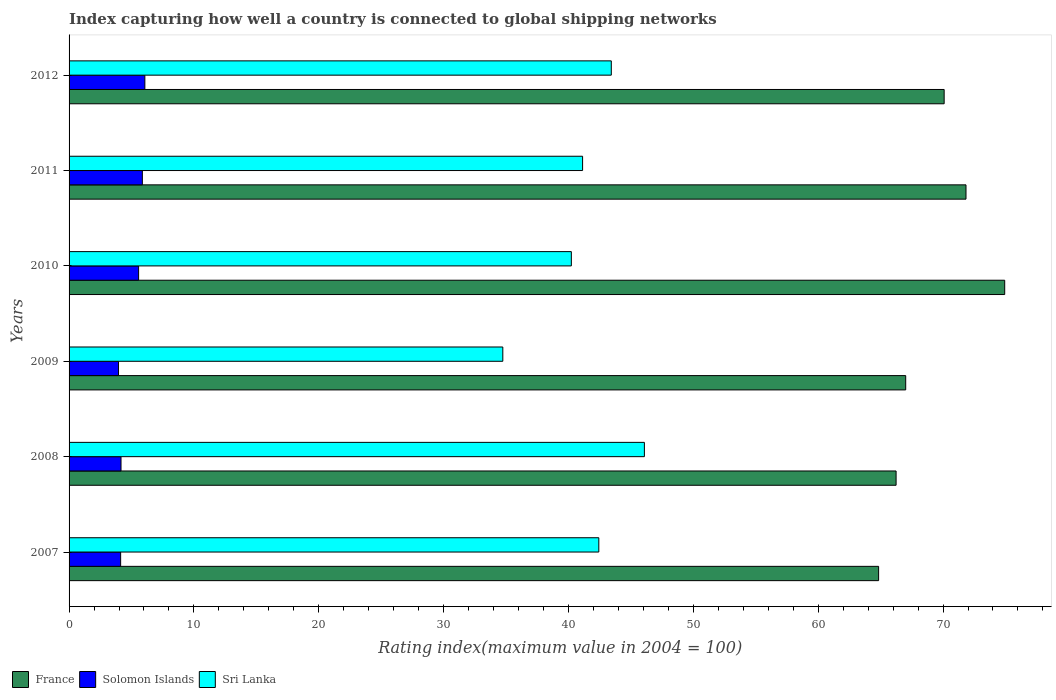
| Years | France | Solomon Islands | Sri Lanka |
 | --- | --- | --- | --- |
 | 2007 | 64.8 | 4.13 | 42.4 |
 | 2008 | 66.2 | 4.16 | 46.1 |
 | 2009 | 67 | 3.96 | 34.7 |
 | 2010 | 74.9 | 5.57 | 40.2 |
 | 2011 | 71.8 | 5.87 | 41.1 |
 | 2012 | 70.1 | 6.07 | 43.4 |